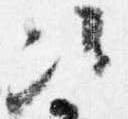
次